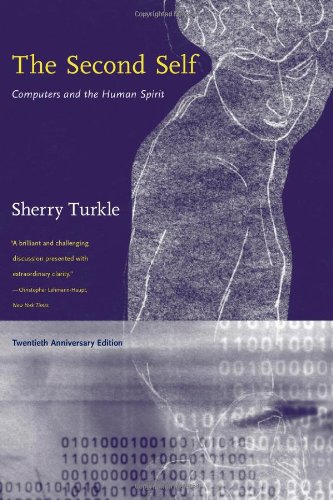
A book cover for The Second Self: Computers and the Human Spirit; Sherry Turkle; Computers & Technology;